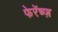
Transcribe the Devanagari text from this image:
फेरेंच्ज़